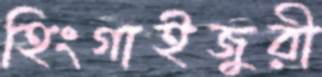
হিংগাইজুরী